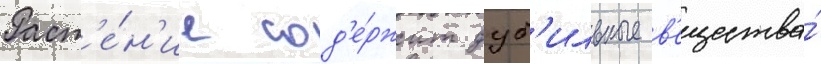
Раст'е́н'ие сод'е́ржит дуб'ильные в'ещества́